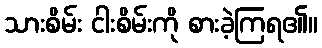
သားစိမ်း ငါးစိမ်းကို စားခဲ့ကြရ၏။